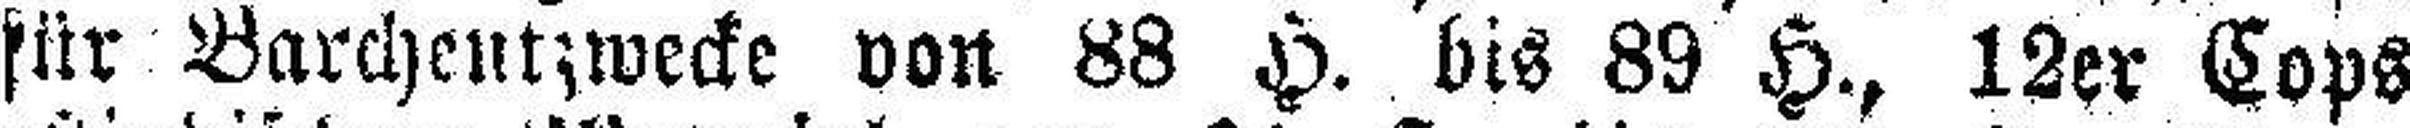
für Barchentzwecke von 88 H. bis 89 H., 12er Cops aus